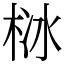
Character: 栤